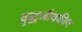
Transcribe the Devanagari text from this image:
वृद्धजीवकीय